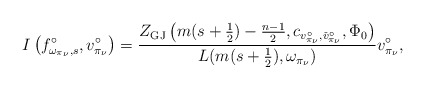
\begin{align*}I\left(f_{\omega_{\pi_\nu},s}^\circ,v_{\pi_{\nu}}^\circ\right)= \frac{Z_{\mathrm{GJ}}\left(m(s+\frac{1}{2})-\frac{n-1}{2},c_{v_{\pi_{\nu}}^\circ,\check{v}_{\pi_{\nu}}^{\circ}},\Phi_0\right)}{L(m(s+\frac{1}{2}),\omega_{\pi_\nu})}v_{\pi_{\nu}}^\circ,\end{align*}